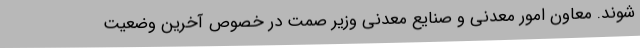
شوند. معاون امور معدنی و صنایع معدنی وزیر صمت در خصوص آخرین وضعیت